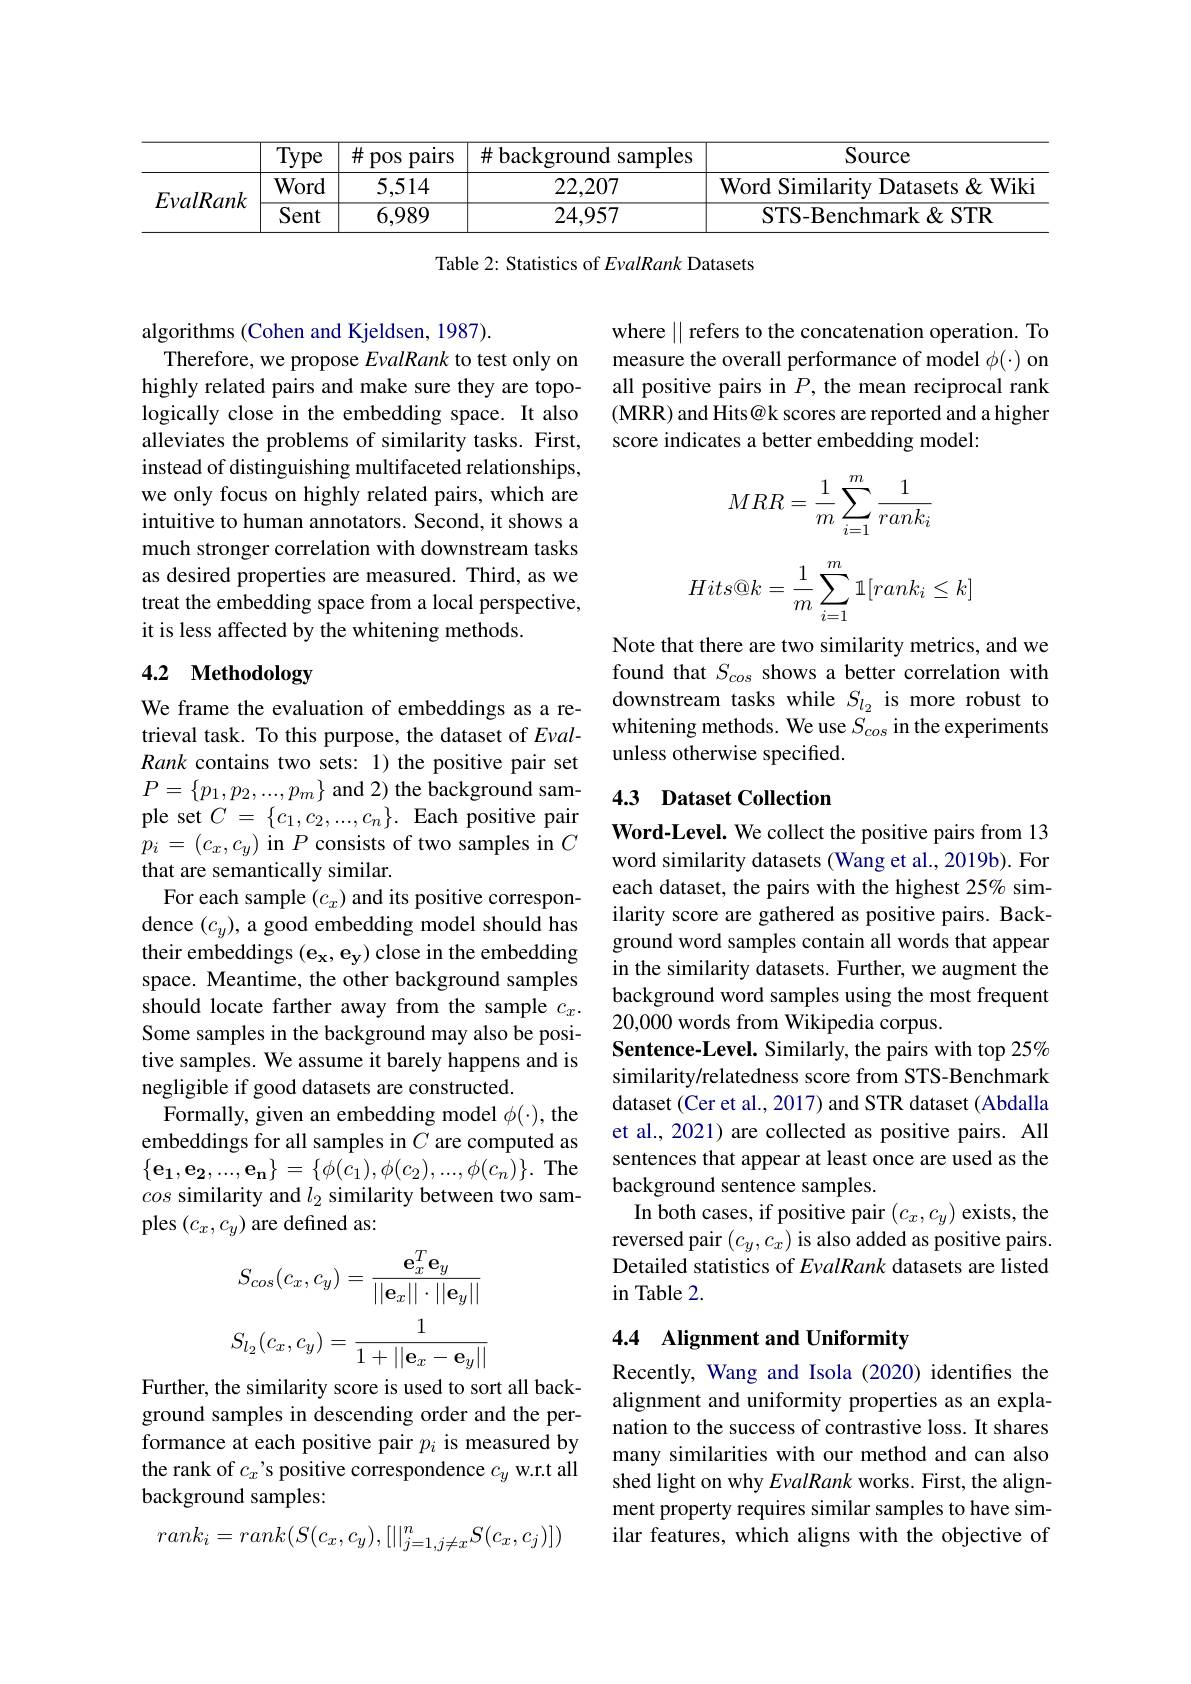
<table>
	<tbody>
		<tr>
			<th> </th>
			<th>Type</th>
			<th>$\#$ pos paırs</th>
			<th>$\#$background samples I</th>
			<th>Source</th>
		</tr>
		<tr>
			<td rowspan="2">$E\nu alRank$</td>
			<td>Word</td>
			<td>5,514</td>
			<td>22,207</td>
			<td>Word Similarity Datasets & Wiki</td>
		</tr>
		<tr>
			<td>Sent</td>
			<td>6,989</td>
			<td>24,957</td>
			<td>STS-Benchmark&STR</td>
		</tr>
	</tbody>
</table>

Table 2: Statistics of EvalRank Datasets

where $\|$ refers to the concatenation operation. To measure the overall performance of model $\phi(\cdot)$ on all positive pairs in $P$, the mean reciprocal rank (MRR) and Hits@k scores are reported and a higher score indicates a better embedding model:

algorithms (Cohen and Kjeldsen, 1987).
Therefore, we propose EvalRank to test only on highly related pairs and make sure they are topologically close in the embedding space. It also alleviates the problems of similarity tasks. First, instead of distinguishing multifaceted relationships, we only focus on highly related pairs, which are intuitive to human annotators. Second, it shows a much stronger correlation with downstream tasks as desired properties are measured. Third, as we treat the embedding space from a local perspective, it is less affected by the whitening methods.
$$MRR=\dfrac{1}{m}\sum_{i=1}^m\dfrac{1}{rank_i}$$
$$Hits@k=\dfrac{1}{m}\sum_{i=1}^m\mathbb{1}[rank_i\le k]$$
# 4.2 Methodology

Note that there are two similarity metrics, and we found that $S_cos$ shows a better correlation with downstream tasks while $S_{l_2}$ is more robust to whitening methods. We use $S_cos$ in the experiments unless otherwise specified.

## 4.3 Dataset Collection

We frame the evaluation of embeddings as a retrieval task. To this purpose, the dataset of $E\nu al-$ Rank contains two sets: 1) the positive pair set $P=\left\{p_{1},p_{2},...,p_{m}\right\}$and 2) the background sample set $C=\{c_1,c_2,...,c_n\}.$ Each positive pair $\bar{p}_{i}=(c_{x},c_{y})$ in $P$ consists of two samples in $C$ that are semantically similar.
For each sample $(c_x)$ and its positive correspondence $(c_y)$, a good embedding model should has their embeddings $(\mathbf{e_x,e_y})$ close in the embedding space. Meantime, the other background samples should locate farther away from the sample $c_x.$ Some samples in the background may also be positive samples. We assume it barely happens and is negligible if good datasets are constructed.
Formally, given an embedding model $\phi(\cdot)$, the embeddings for all samples in $C$ are computed as $\{\mathbf{e_1},\mathbf{e_2},...,\mathbf{e_n}\}=\{\phi(c_1),\phi(c_2),...,\phi(c_n)\}.$ The cos similarity and $l_2$ similarity between two samples $(c_x,c_y)$ are defined as:

Word-Level. We collect the positive pairs from 13 word similarity datasets (Wang et al., 2019b). For each dataset, the pairs with the highest 25% similarity score are gathered as positive pairs. Background word samples contain all words that appear in the similarity datasets. Further, we augment the background word samples using the most frequent 20,000 words from Wikipedia corpus.
Sentence-Level. Similarly, the pairs with top 25% similarity/relatedness score from STS-Benchmark dataset (Cer et al., 2017) and STR dataset (Abdalla et al., 2021) are collected as positive pairs. All sentences that appear at least once are used as the background sentence samples.
In both cases, if positive pair $(c_x,c_y)$ exists, the reversed pair $(c_y,c_x)$ is also added as positive pairs. Detailed statistics of EvalRank datasets are listed in Table 2.
$$S_{cos}(c_x,c_y)=\frac{\mathbf{e}_x^T\mathbf{e}_y}{||\mathbf{e}_x||\cdot||\mathbf{e}_y||}$$
$$S_{l_2}(c_x,c_y)=\frac{1}{1+||\mathbf{e}_x-\mathbf{e}_y||}$$
## 4.4 Alignment and Uniformity

Further, the similarity score is used to sort all background samples in descending order and the performance at each positive pair $p_i$ is measured by the rank of $c_x’$s positive correspondence $c_y$ w.r.t all background samples:

Recently, Wang and Isola (2020) identifies the alignment and uniformity properties as an explanation to the success of contrastive loss. It shares many similarities with our method and can also shed light on why EvalRank works. First, the alignment property requires similar samples to have similar features, which aligns with the objective of
$$rank_i=rank(S(c_x,c_y),[||_{j=1,j\neq x}^nS(c_x,c_j)])$$